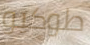
طوكيو